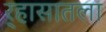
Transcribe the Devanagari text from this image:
र्‍हासातला